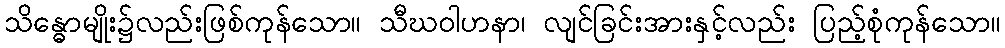
သိန္ဓောမျိုး၌လည်းဖြစ်ကုန်သော။ သီဃဝါဟနာ၊ လျင်ခြင်းအားနှင့်လည်း ပြည့်စုံကုန်သော။